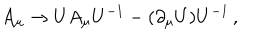
A _ { \mu } \rightarrow U A _ { \mu } U ^ { - 1 } - ( \partial _ { \mu } U ) U ^ { - 1 } \, { , }